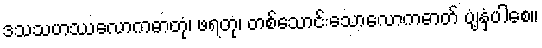
ဒသသဟဿလောကဓာတုံ၊ ဖရတု၊ တစ်သောင်းသောလောကဓာတ် ပျံ့နှံ့ပါစေ။